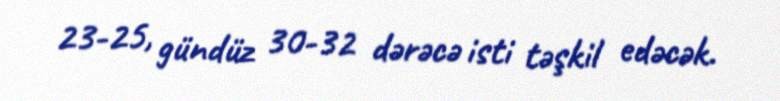
23-25, gündüz 30-32 dərəcə isti təşkil edəcək.